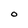
Character: 0